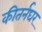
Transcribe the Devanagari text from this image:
कीतर्नघर